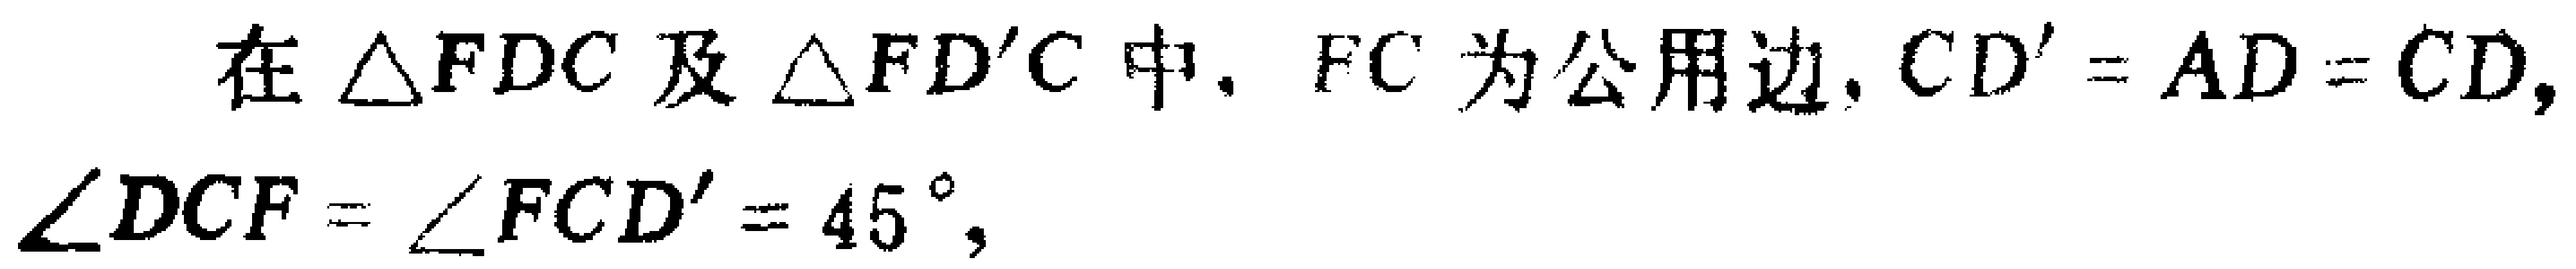
在$\triangle FDC$及$\triangle FD'C$中, $FC$为公用边, $CD' = AD = CD$, $\angle DCF = \angle FCD' = 45^{\circ}$,